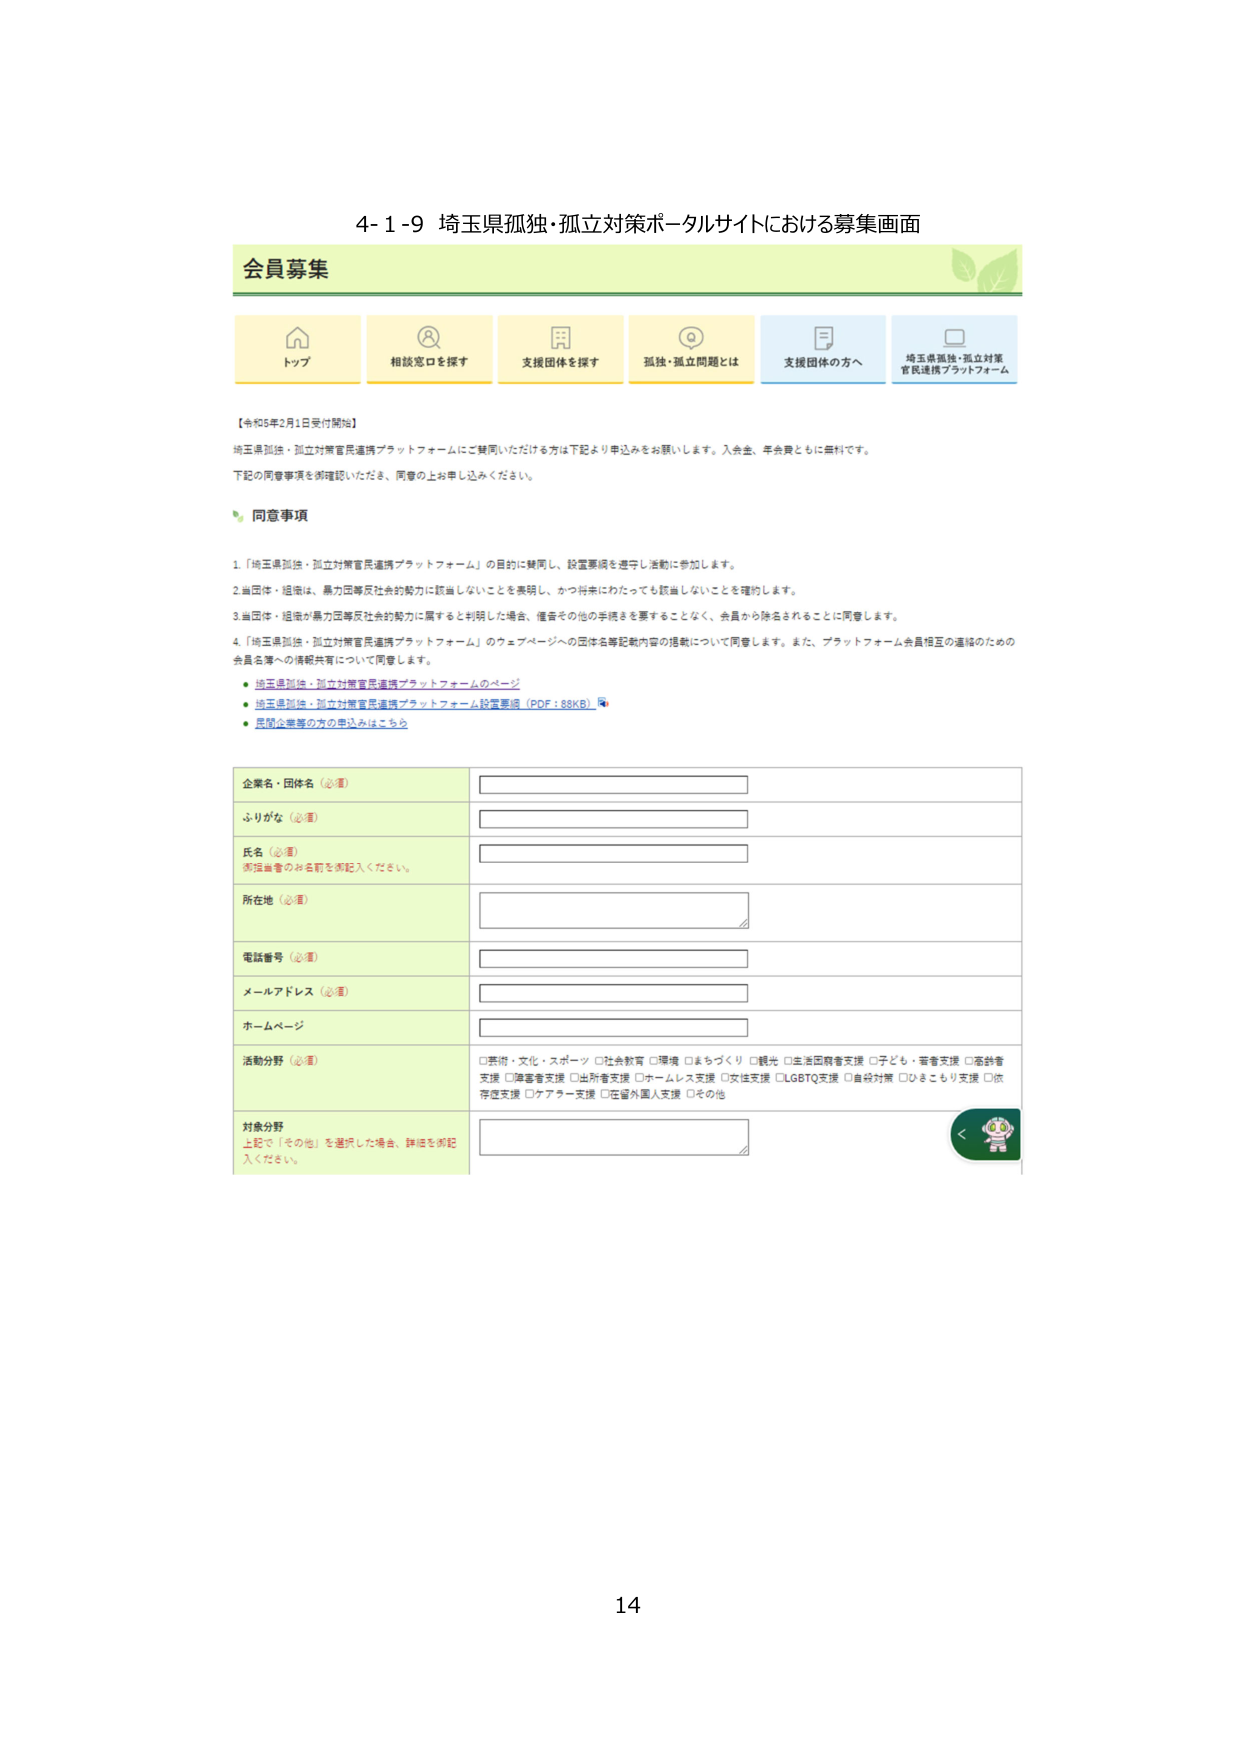
4-1-9 埼玉県孤独・孤立対策ポータルサイトにおける募集画面

会員募集

トップ
相談窓口を探す
支援団体を探す
孤独・孤立問題とは
支援団体の方へ
埼玉県孤独・孤立対策
官民連携プラットフォーム

【令和5年2月1日受付開始】

埼玉県孤独・孤立対策官民連携プラットフォームにご賛同いただける方は下記より申込みをお願いします。入会金、年会費ともに無料です。
下記の同意事項を御確認いただき、同意の上お申し込みください。

同意事項

1.「埼玉県孤独・孤立対策官民連携プラットフォーム」の目的に賛同し、設置要項を遵守し活動に参加します。
2.当団体・組織は、暴力団等反社会的勢力に該当しないことを表明し、かつ将来にわたっても該当しないことを確約します。
3.当団体・組織が暴力団等反社会的勢力に属すると判明した場合、催告その他の手続きを要することなく、会員から除名されることに同意します。
4.「埼玉県孤独・孤立対策官民連携プラットフォーム」のウェブページへの団体名等記載内容の掲載について同意します。また、プラットフォーム会員相互の連絡のための会員名簿への情報共有について同意します。
・埼玉県孤独・孤立対策官民連携プラットフォームのページ
・埼玉県孤独・孤立対策官民連携プラットフォーム設置要項（PDF：88KB）
・民間企業等の方の申込みはこちら

企業名・団体名（必須）
ふりがな（必須）
氏名（必須）
担当者のお名前を御記入ください。
所在地（必須）
電話番号（必須）
メールアドレス（必須）
ホームページ
活動分野（必須）
□芸術・文化・スポーツ □社会教育 □環境 □まちづくり □観光 □生活困窮者支援 □子ども・若者支援 □高齢者支援 □障害者支援 □出所者支援 □ホームレス支援 □女性支援 □LGBTQ支援 □自殺対策 □ひきこもり支援 □依存症支援 □ケアラー支援 □在留外国人支援 □その他
対象分野
上記で「その他」を選択した場合、詳細を御記入ください。

14